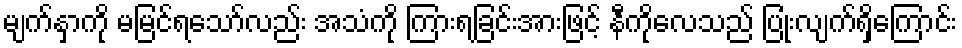
မျက်နှာကို မမြင်ရသော်လည်း အသံကို ကြားရခြင်းအားဖြင့် နီကိုလေသည် ပြုံးလျက်ရှိကြောင်း